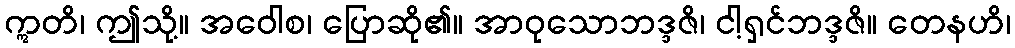
ဣတိ၊ ဤသို့။ အဝေါစ၊ ပြောဆို၏။ အာဝုသောဘဒ္ဒဇိ၊ ငါ့ရှင်ဘဒ္ဒဇိ။ တေနဟိ၊